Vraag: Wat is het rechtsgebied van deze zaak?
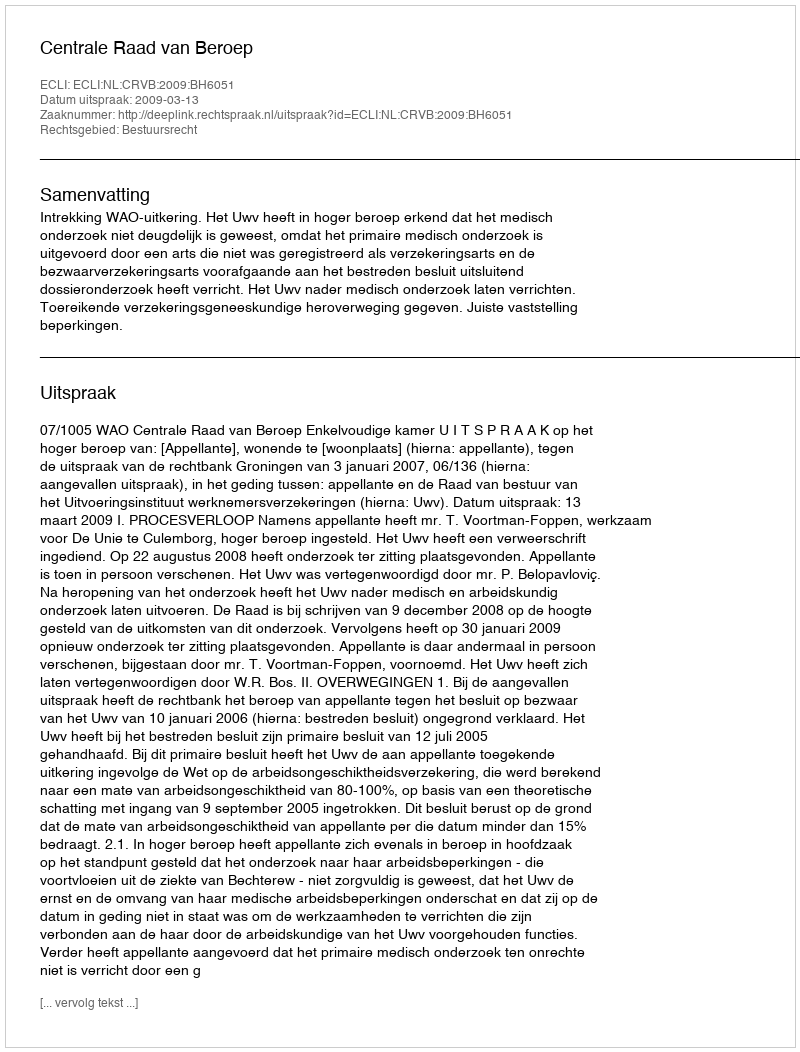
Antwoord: Bestuursrecht